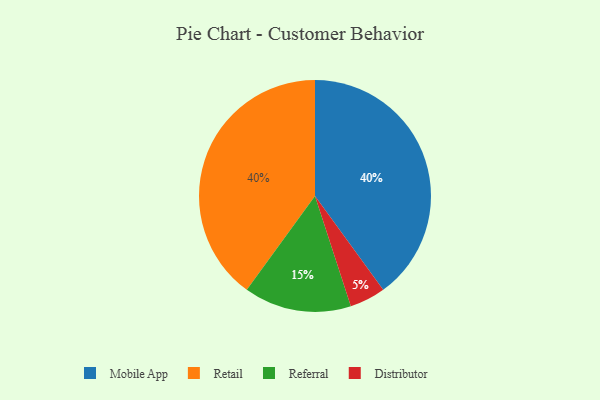
{"axis": {"x": "Category", "y": "Percentage"}, "legend": ["Distributor", "Mobile App", "Referral", "Retail"], "data": [{"x": "Referral", "y": 15, "type": "Referral"}, {"x": "Mobile App", "y": 40, "type": "Mobile App"}, {"x": "Distributor", "y": 5, "type": "Distributor"}, {"x": "Retail", "y": 40, "type": "Retail"}]}